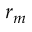
r _ { m }